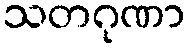
သတဂုဏာ